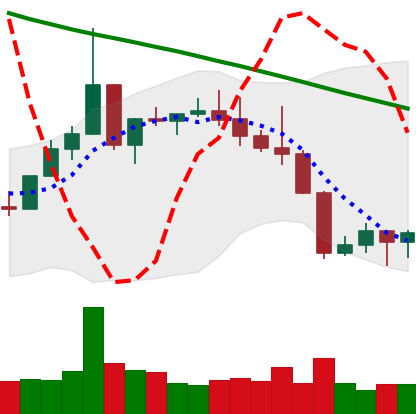
Ticker: XLM-USD
Chart end date: 2022-08-23
Forward return: -7.177%
Label: down_7plus